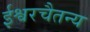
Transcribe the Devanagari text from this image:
ईश्वरचैतन्य